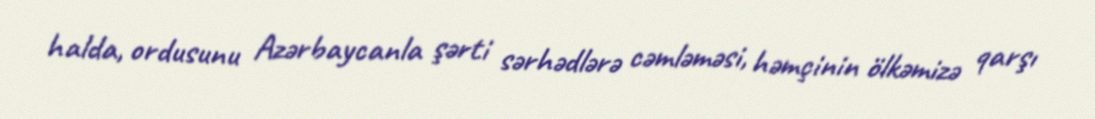
halda, ordusunu Azərbaycanla şərti sərhədlərə cəmləməsi, həmçinin ölkəmizə qarşı